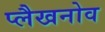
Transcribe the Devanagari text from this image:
प्लैखनोव